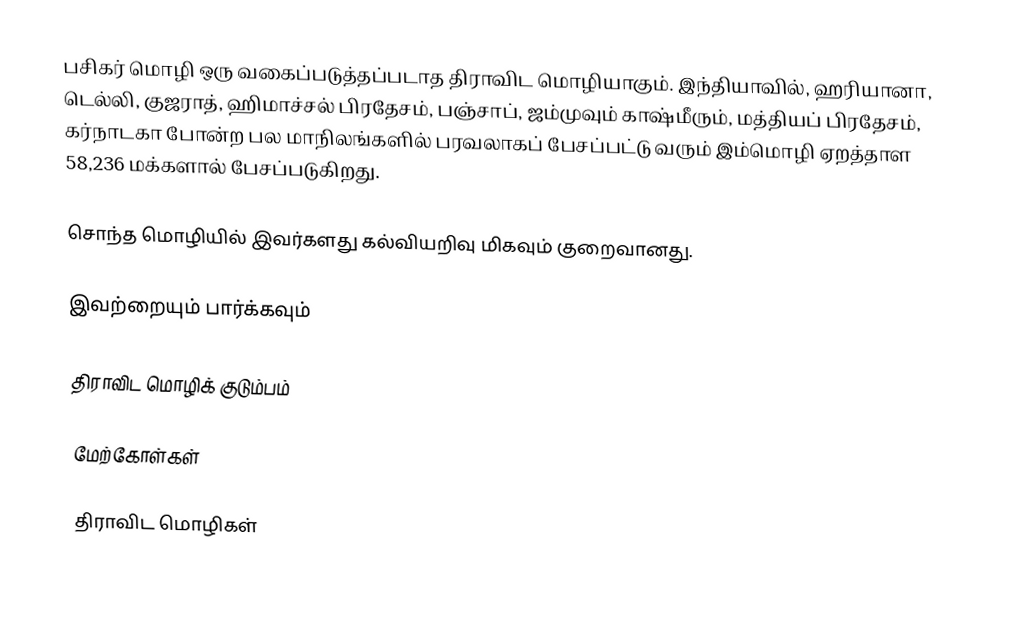
பசிகர் மொழி ஒரு வகைப்படுத்தப்படாத திராவிட மொழியாகும். இந்தியாவில், ஹரியானா, டெல்லி, குஜராத், ஹிமாச்சல் பிரதேசம், பஞ்சாப், ஜம்முவும் காஷ்மீரும், மத்தியப் பிரதேசம், கர்நாடகா போன்ற பல மாநிலங்களில் பரவலாகப் பேசப்பட்டு வரும் இம்மொழி ஏறத்தாள 58,236 மக்களால் பேசப்படுகிறது.

சொந்த மொழியில் இவர்களது கல்வியறிவு மிகவும் குறைவானது.

இவற்றையும் பார்க்கவும்

 திராவிட மொழிக் குடும்பம்

மேற்கோள்கள்

திராவிட மொழிகள்